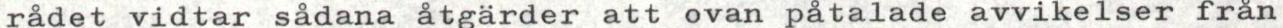
rådet vidtar sådana åtgärder att ovan påtalade avvikelser från